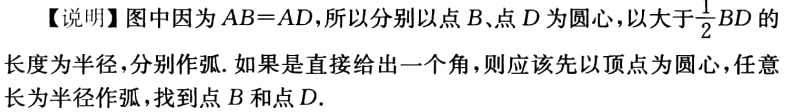
【说明】图中因为\(AB = AD\)，所以分别以点\(B\)、点\(D\)为圆心，以大于\(\frac{1}{2}BD\)的长度为半径，分别作弧. 如果是直接给出一个角，则应该先以顶点为圆心，任意长为半径作弧，找到点\(B\)和点\(D\).